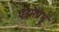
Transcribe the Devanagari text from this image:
पदमप्रभु